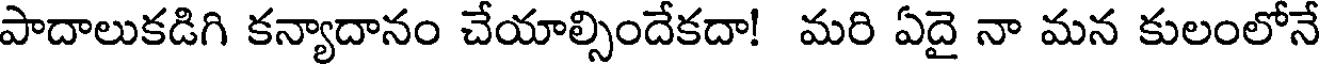
పాదాలుకడిగి కన్యాదానం చేయాల్సిందేకదా! మరి ఏదై నా మన కులంలోనే